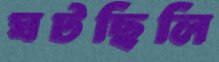
ঘটছিলি